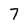
Character: 7